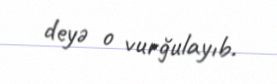
deyə o vurğulayıb.